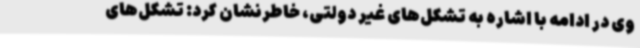
وی در ادامه با اشاره به تشکل‌های غیر دولتی، خاطرنشان کرد: تشکل‌های